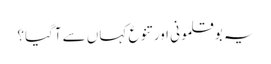
یہ بوقلمونی اور تنوع کہاں سے آگیا؟